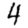
Digit: 4